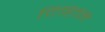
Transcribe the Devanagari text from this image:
दिहिनि